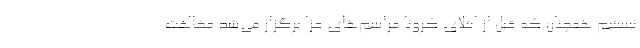
نیستیم همچنان که قبل از ابتلای کرونا مراسم‌های عزا برگزار می‌شد مخالفت